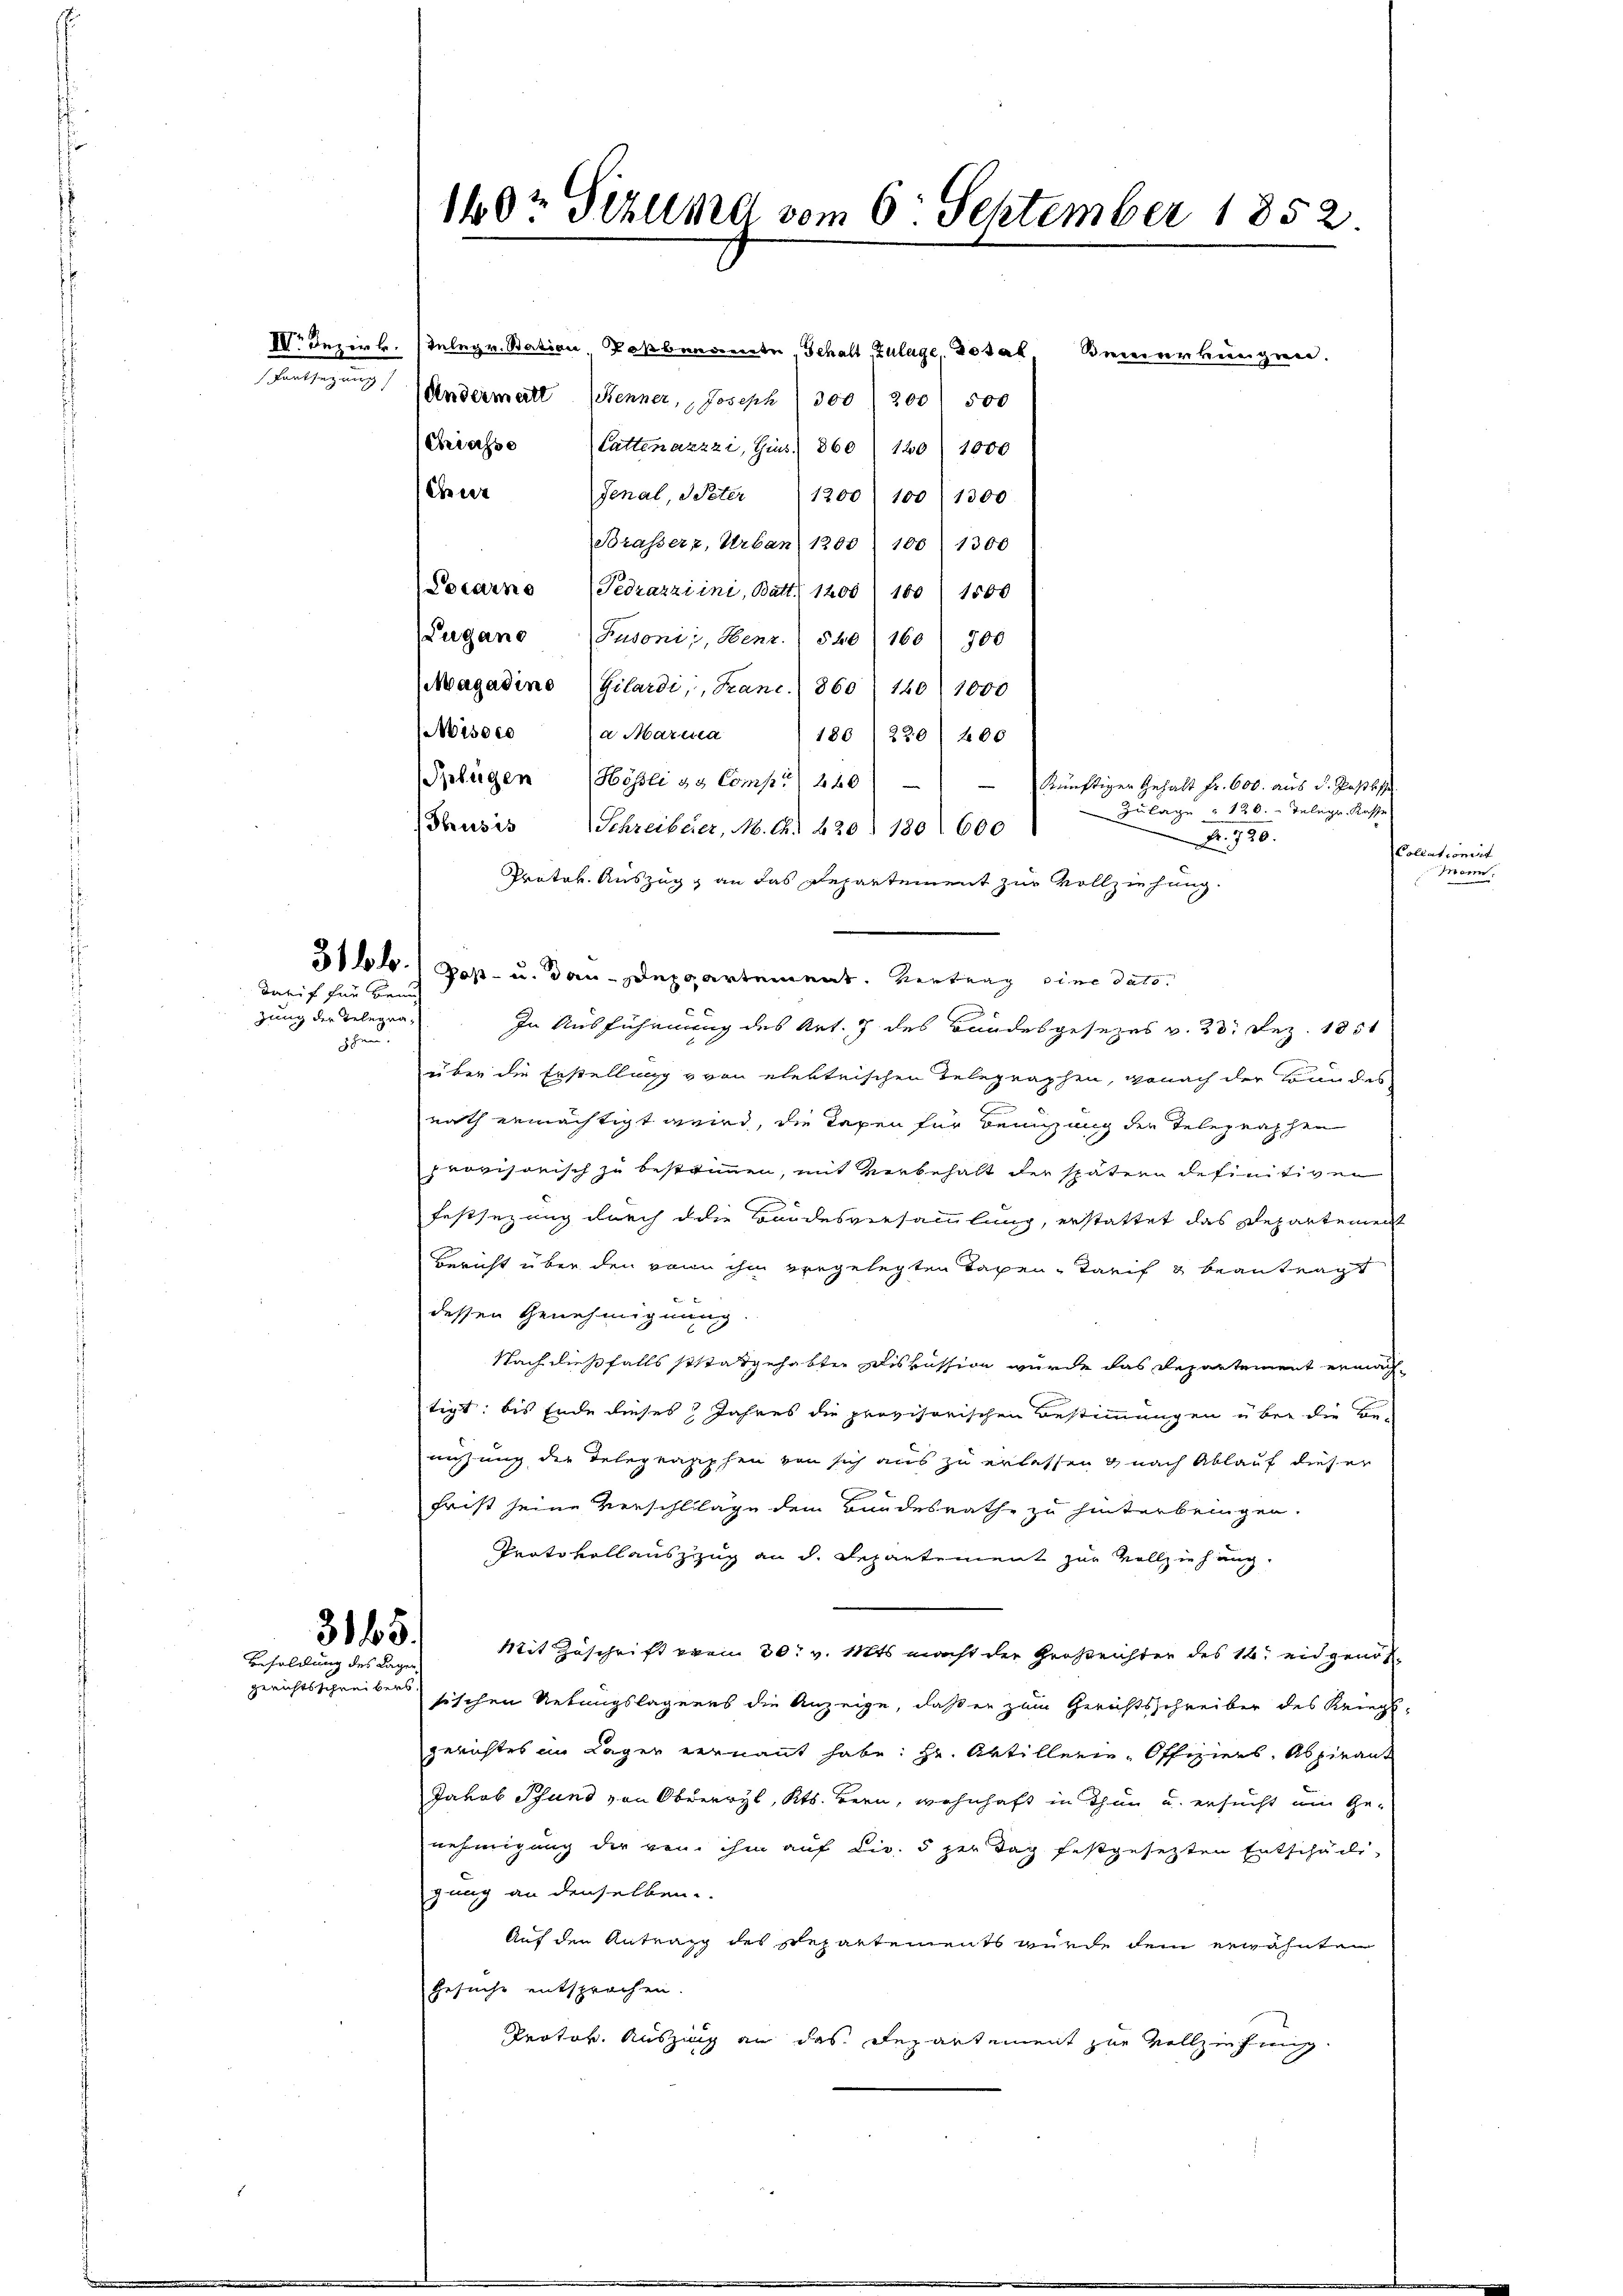
Krasse
Eier

darif für Benu
zung der Telegnaoten.

315.
Besoldung des Lagen
Gerichtsschreibers

IV. Bezirk. 1 Telegr. Station obenannte, Gehalt Zulage, dotal Bemerkungen.
entsezung Andermeitt. Benner, Joseph 300 / 200) 500
Cattenazzzi, Gins. 860 (140 1000
Jenal, Peter 1200) 100 1300
Brasserz, Urban 1200) 100 (1300
Locarno (Pedrazziini, Batt. 1200) 100) 1500
Lugano Pusoni, Benz. 540 (1601 700
Magadino (Gilardi, Franc.) 860 140 1000
Wisses a Maria 1 180) 220) 400
Splügen (Hösli & Comp. 220)
—
künftiger Gehalt fr. 600. aus d. Postste
Zulage " 120. Telegr. Kasse
Nr. 720.
Protok. Auszug an das Departement zur Vollziehung.
6
31 b.) Pop- u. Bau-Deppartement. Vertrag eine dato
In Ausführung des Art. 7 des Bandesgesezes v. 23. Dez. 1851
über die Erstellung von elektrischen Telegraphen, wonach der Bundes
nath ermächtigt wird, die Taxen für Benzung der Telegraphen
provisorisch zu bestimmen, mit verbehalt der spätern definitiven
Festsezung durch die Bordesversammlung, erstattet das Departement
Bericht über den von ihm vorgelegten Tagen Tarif & beantragt
dessen Genehmigung.
Nach dießfalls stattgehabten Diskussion wurde das Departement ermachtigt: bis Ende dieses Jahres die provisorischen Bestimmungen über die Be-
nutzung der Telegraphen von sich aus zu erlassen & nach Ablauf dieser

frist seine Verschläge dem Bundesrathe zu hinterbringen.
Protokollauszzug an d. Repartement zur Vollziehung.
Mit Zuschrift von 30. v. Mts. macht der Großrichter des 14. eidgenohsischen Uebungslagenes die Anzeige, daß er zum Gerichtsschreiber des Kriegs-
gerichtes im Lager vernannt habe: Hr. Artillerie-Offiziers, Aspirant
Jakob Pfund von Oberrryl, Kts. Bern, wohnhaft in Thun u. ersucht am Genehmigung der von ihm auf die 5 per Tag festgesetzten Entschädli
gung an denselben.
Auf den Antrag des Repartements wurde dem erwähnten
Gesuche entsprochen.
Protok. Auszing an das Departement zur Vollziehung

160t Sekund vom 6. September 1852

(Thusis Schreiberer, M. A. 220 § 180. 600

ominis

Mar